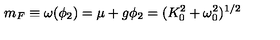
m _ { F } \equiv \omega ( \phi _ { 2 } ) = \mu + g \phi _ { 2 } = ( K _ { 0 } ^ { 2 } + \omega _ { 0 } ^ { 2 } ) ^ { 1 / 2 }